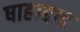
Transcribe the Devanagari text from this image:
षाहाबाद